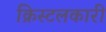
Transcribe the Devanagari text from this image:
क्रिस्टलकारी